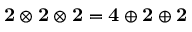
{ \mathbf { 2 } } \otimes { \mathbf { 2 } } \otimes { \mathbf { 2 } } = { \mathbf { 4 } } \oplus { \mathbf { 2 } } \oplus { \mathbf { 2 } }